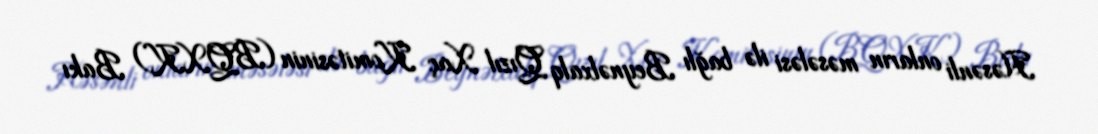
Həsənli onların məsələsi ilə bağlı Beynəlxalq Qızıl Xaç Komitəsinin (BQXK) Bakı